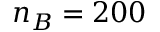
n _ { B } = 2 0 0